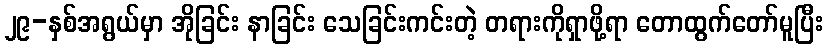
၂၉-နှစ်အရွယ်မှာ အိုခြင်း နာခြင်း သေခြင်းကင်းတဲ့ တရားကိုရှာဖို့ရာ တောထွက်တော်မူပြီး